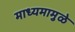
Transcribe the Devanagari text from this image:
माध्यमामुळे